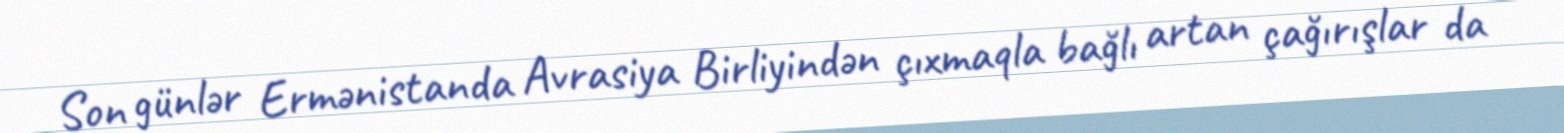
Son günlər Ermənistanda Avrasiya Birliyindən çıxmaqla bağlı artan çağırışlar da